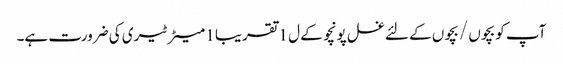
آپ کو بچوں / بچوں کے لئے غسل پونچو کے ل 1 تقریبا 1 میٹر ٹیری کی ضرورت ہے۔